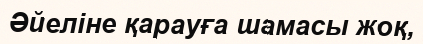
Әйеліне қарауға шамасы жоқ,